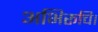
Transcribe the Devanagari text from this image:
अभिरूचि।